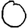
Digit: 0